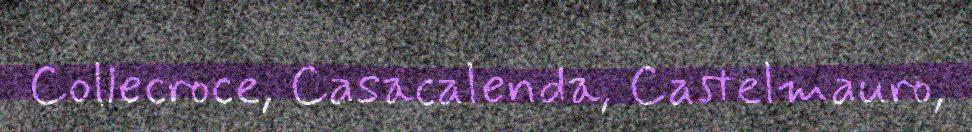
Collecroce, Casacalenda, Castelmauro,